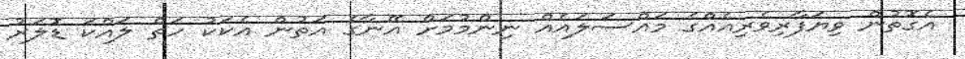
އެގޮތުން ވިޔަފާރިވެރިއެއްގެ މައްސަލައެއް ނިންމުމަށް އޭނާގެ އަތުން އެކަކު ހަތް ލައްކަ ޑޮލަރު